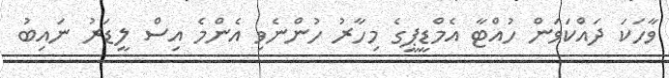
ވާހަކަ ދައްކަވަން ހުއްޓާ އެމްޑީޕީގެ މިހާރު ހުންނެވި އެންމެ އިސް ލީޑަރު ނައިބު